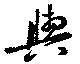
与